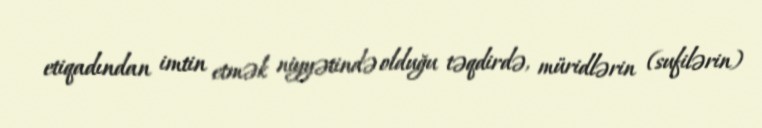
etiqadından imtin etmək niyyətində olduğu təqdirdə, müridlərin (sufilərin)